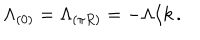
\Lambda _ { ( 0 ) } = \Lambda _ { ( \pi R ) } = - \Lambda / k \, .